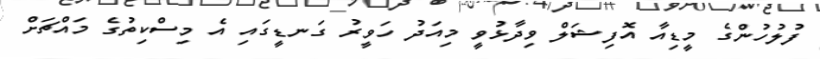
ފުލުހުންގެ މީޑިއާ އޮފިޝަލް ވިދާޅުވީ މިއަދު ހަވީރު ގަނޑީގައި އެ މިސްކިތުގެ މައްޗަށް